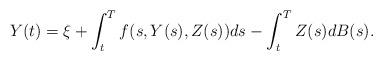
LaTeX: \begin{align*}Y(t)=\xi+\int_{t}^{T}f(s,Y(s),Z(s))ds-\int_{t}^{T}Z(s)dB(s).\end{align*}